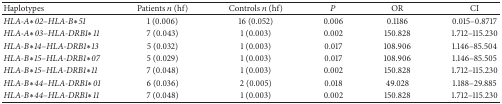
| Haplotypes | Patients n (hf) | Controls n (hf) | P | OR | CI |
 | --- | --- | --- | --- | --- | --- |
 | HLA-A∗02–HLA-B∗51 | 1 (0.006) | 16 (0.052) | 0.006 | 0.1186 | 0.015–0.8717 |
 | HLA-A∗03–HLA-DRB1∗11 | 7 (0.043) | 1 (0.003) | 0.002 | 150.828 | 1.712–115.230 |
 | HLA-B∗14–HLA-DRB1∗13 | 5 (0.032) | 1 (0.003) | 0.017 | 108.906 | 1.146–85.504 |
 | HLA-B∗15–HLA-DRB1∗07 | 5 (0.029) | 1 (0.003) | 0.017 | 108.906 | 1.146–85.505 |
 | HLA-B∗15–HLA-DRB1∗11 | 7 (0.048) | 1 (0.003) | 0.002 | 150.828 | 1.712–115.230 |
 | HLA-B∗44–HLA-DRB1∗01 | 6 (0.036) | 2 (0.005) | 0.018 | 49.028 | 1.188–29.885 |
 | HLA-B∗44–HLA-DRB1∗11 | 7 (0.048) | 1 (0.003) | 0.002 | 150.828 | 1.712–115.230 |